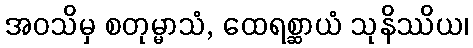
အဝသိမှ စတုမ္မာသံ, ထေရစ္ဆာယံ သုနိဿိယ၊